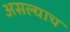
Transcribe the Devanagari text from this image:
असल्याच